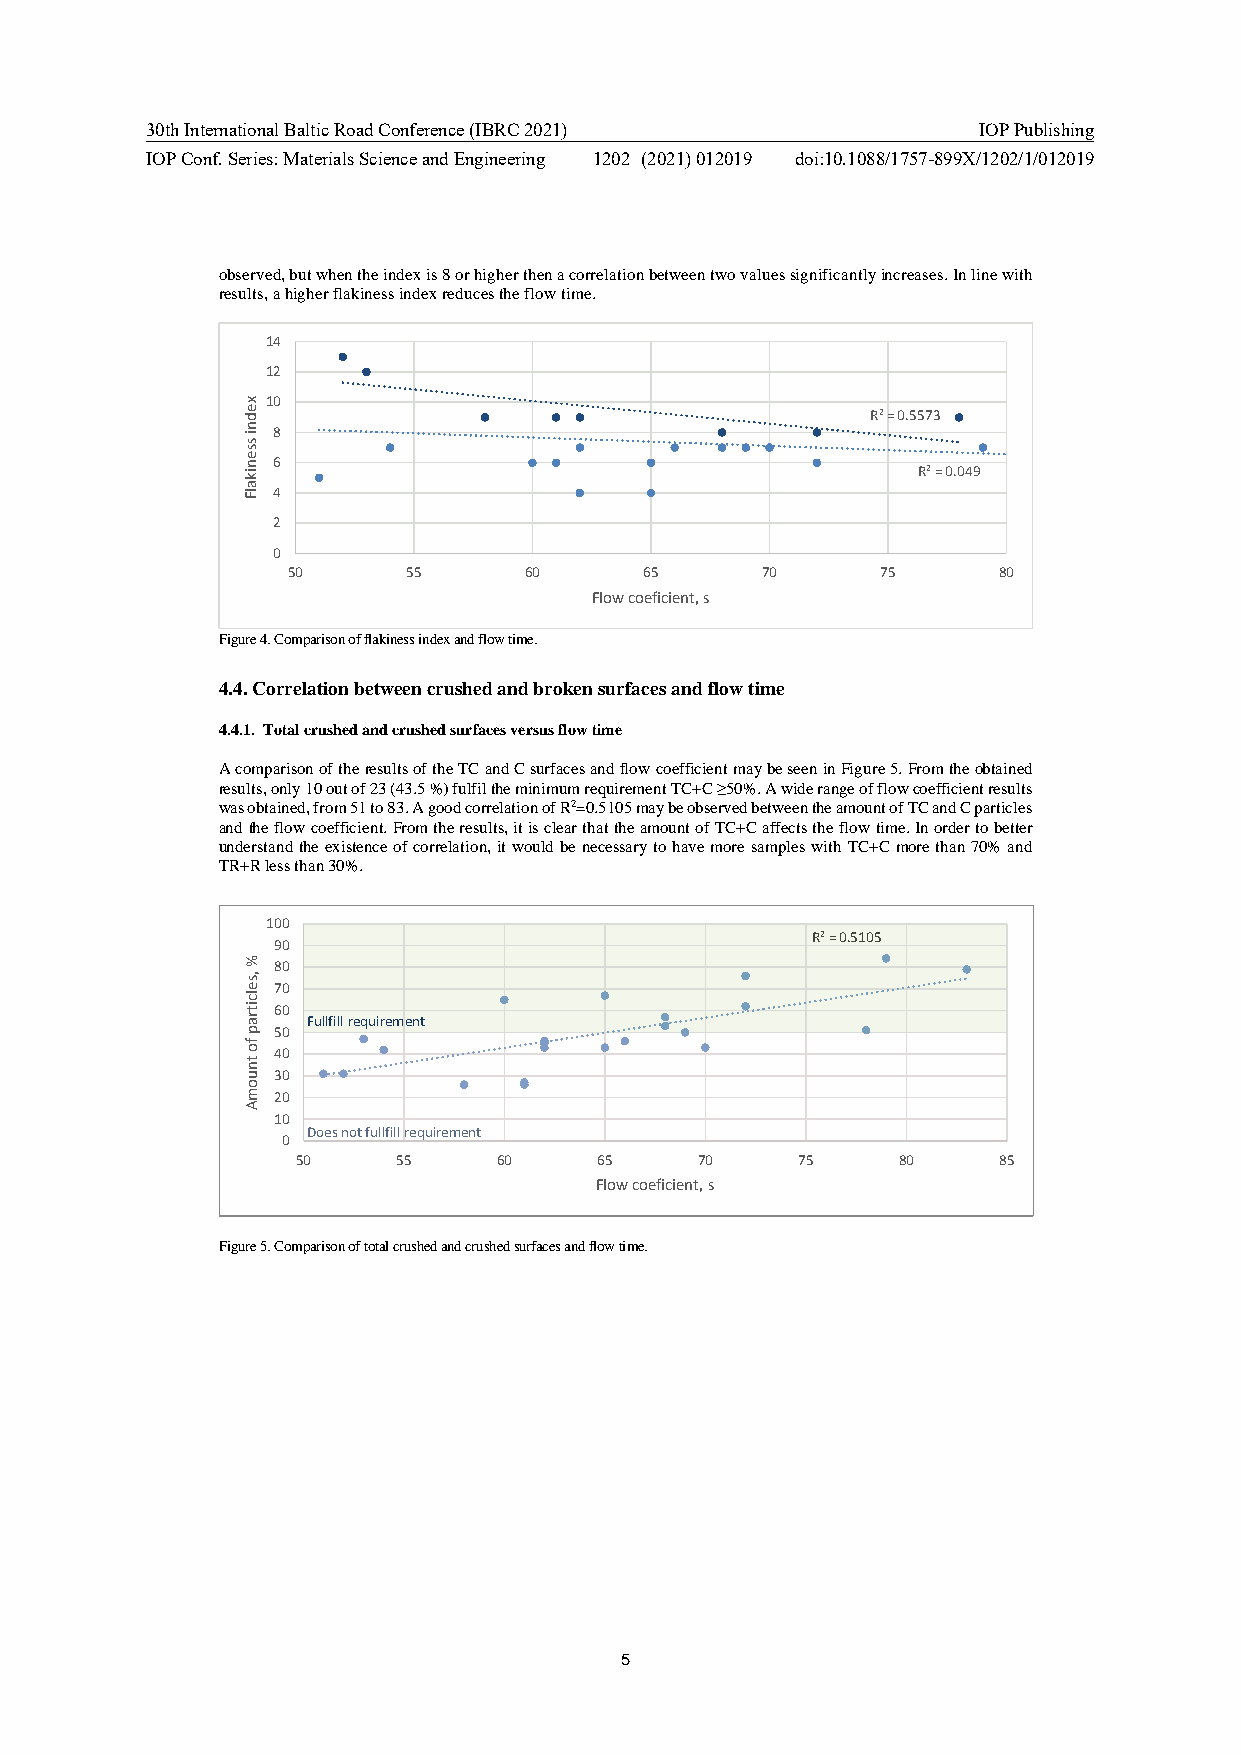
30th International Baltic Road Conference (IBRC 2021)  IOP Publishing
 IOP Conf. Series: Materials Science and Engineering 1202 (2021) 012019 doi:10.1088/1757-899X/1202/1/012019
 observed, but when the index is 8 or higher then a correlation between two values significantly increases. In line with
 results, a higher flakiness index reduces the flow time.
 14
 12
 10
 R² = 0.5573
 8
 6
 R² = 0.049
 4
 2
 0
 50      55      60      65     70      75      80
 Flow coeficient, s
 Figure 4. Comparison of flakiness index and flow time.
 4.4. Correlation between crushed and broken surfaces and flow time
 4.4.1. Total crushed and crushed surfaces versus flow time
 A comparison of the results of the TC and C surfaces and flow coefficient may be seen in Figure 5. From the obtained
 results, only 10 out of 23 (43.5 %) fulfil the minimum requirement TC+C ≥50%. A wide range of flow coefficient results
 was obtained, from 51 to 83. A good correlation of R2=0.5105 may be observed between the amount of TC and C particles
 and the flow coefficient. From the results, it is clear that the amount of TC+C affects the flow time. In order to better
 understand the existence of correlation, it would be necessary to have more samples with TC+C more than 70% and
 TR+R less than 30%.
 100
 R² = 0.5105
 90
 80
 70
 60
 Fullfill requirement
 50
 40
 30
 20
 10
 Does not fullfill requirement
 0
 50    55     60     65    70     75    80     85
 Flow coeficient, s
 Figure 5. Comparison of total crushed and crushed surfaces and flow time.
 5
 xedni
 ssenikalF
 %
 ,selcitrap
 fo
 tnuomA